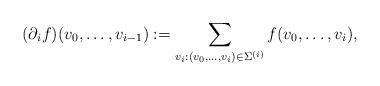
LaTeX: \begin{align*} (\partial_i f)(v_0,\dots,v_{i-1}) := \sum_{v_i: (v_0,\dots,v_i) \in \Sigma^{(i)}} f(v_0,\dots,v_i),\end{align*}